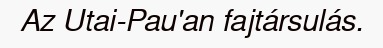
Az Utai-Pau'an fajtársulás.